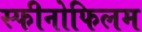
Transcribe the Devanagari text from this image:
स्फीनोफिलम